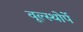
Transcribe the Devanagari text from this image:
वूल्स्थोर्पे